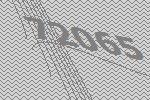
72065